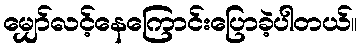
မျှော်လင့်နေကြောင်းပြောခဲ့ပါတယ်။